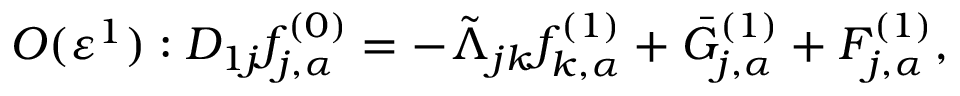
O ( \varepsilon ^ { 1 } ) : D _ { 1 j } f _ { j , \alpha } ^ { ( 0 ) } = - \tilde { \Lambda } _ { j k } f _ { k , \alpha } ^ { ( 1 ) } + \bar { G } _ { j , \alpha } ^ { ( 1 ) } + F _ { j , \alpha } ^ { ( 1 ) } ,